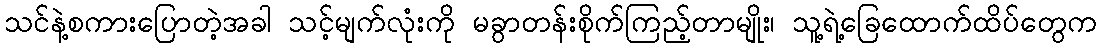
သင်နဲ့စကားပြောတဲ့အခါ သင့်မျက်လုံးကို မခွာတန်းစိုက်ကြည့်တာမျိုး၊ သူ့ရဲ့ခြေထောက်ထိပ်တွေက